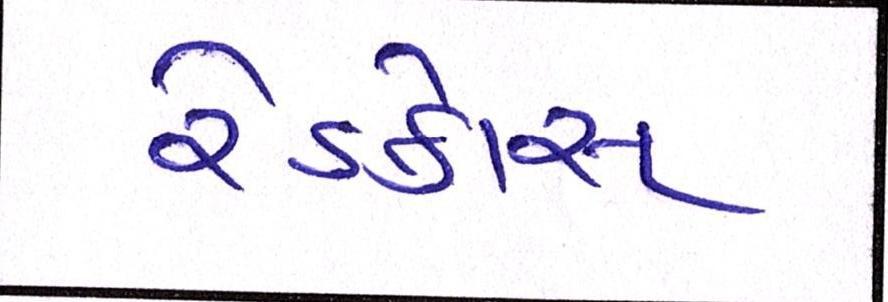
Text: રેડક્રોસ